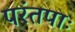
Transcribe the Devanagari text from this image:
परंतपाः